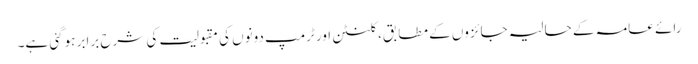
رائے عامہ کے حالیہ جائزوں کے مطابق، کلنٹن اور ٹرمپ دونوں کی مقبولیت کی شرح برابر ہوگئی ہے۔